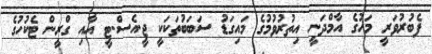
ފެބުރުވަރީ މަހުގެ އާމްދަނީ އިތުރުވުމުގެ މައިގަޑު ސަބަބުތަކަކީ ޖީ.އެސް.ޓީ އާއި ގްރީން ޓެކުހުގެ